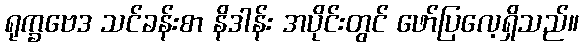
ရုက္ခဗေဒ သင်ခန်းစာ နိဒါန်း အပိုင်းတွင် ဖော်ပြလေ့ရှိသည်။